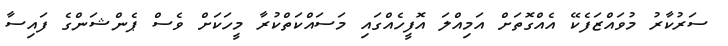
ސަރުކާރު މުވައްޒަފެކޭ އެއްގޮތަށް އަމިއްލަ އޮފީހެއްގައި މަސައްކަތްކުރާ މީހަކަށް ވެސް ޕެންޝަންގެ ފައިސާ